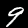
Label: 9